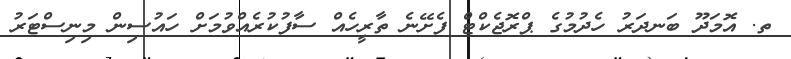
ތ. އޮމަދޫ ބަނދަރު ހެދުމުގެ ޕްރޮޖެކްޓް ފެށޭނެ ތާރީހެއް ސާފުކުރެއްވުމަށް ހައުސިން މިނިސްޓަރު